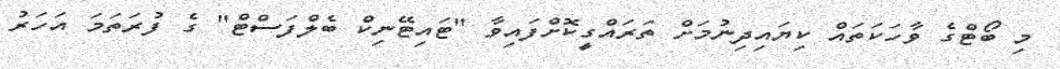
މި ބޯޓްގެ ވާހަކަތައް ކިޔައިދިނުމަށް ތަރައްގީކޮށްފައިވާ "ޓައިޓޭނިކް ބެލްފަސްޓް" ގެ ފުރަތަމަ އަހަރު